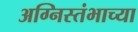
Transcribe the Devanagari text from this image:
अग्निस्तंभाच्या